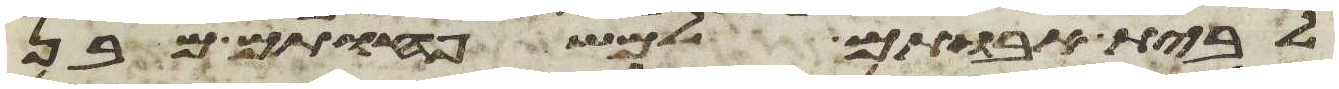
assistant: לבית אבותם למשפחותם מבן